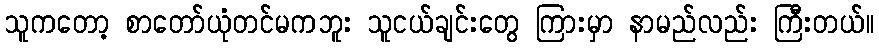
သူကတော့ စာတော်ယုံတင်မကဘူး သူငယ်ချင်းတွေ ကြားမှာ နာမည်လည်း ကြီးတယ်။